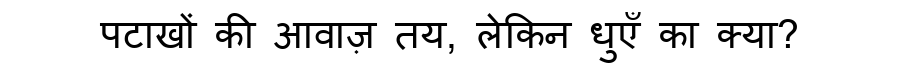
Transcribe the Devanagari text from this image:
पटाखों की आवाज़ तय, लेकिन धुएँ का क्या?